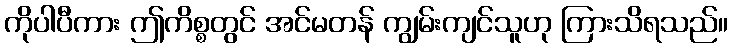
ကိုပါပီကား ဤကိစ္စတွင် အင်မတန် ကျွမ်းကျင်သူဟု ကြားသိရသည်။